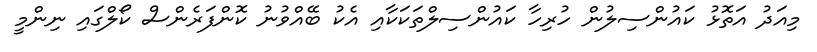
މިއަދު އަތޮޅު ކައުންސިލުން ހުރިހާ ކައުންސިލްތަކަކާއި އެކު ބޭއްވުނު ކޮންފަރެންސް ކޯލްގައި ނިންމީ